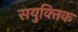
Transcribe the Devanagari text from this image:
सयुक्‍तिक